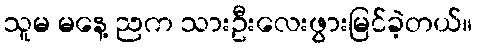
သူမ မနေ့ ညက သားဦးလေးဖွားမြင်ခဲ့တယ်။